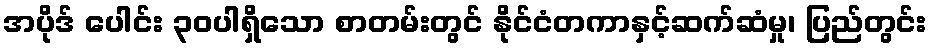
အပိုဒ် ပေါင်း ၃၀ပါရှိသော စာတမ်းတွင် နိုင်ငံတကာနှင့်ဆက်ဆံမှု၊ ပြည်တွင်း